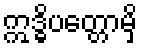
ဣဒ္ဓိပတ္တောမှိ